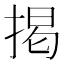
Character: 掲